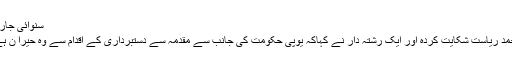
سنوائی جاری
محمد ریاست شکایت کردہ اور ایک رشتہ دار نے کہاکہ یوپی حکومت کی جانب سے مقدمہ سے دستبرداری کے اقدام سے وہ حیرا ن ہے۔